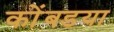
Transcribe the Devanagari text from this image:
कोंबडया